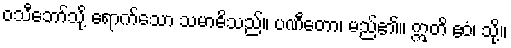
ဝသီဘော်သို့ ရောက်သော သမာဓိသည်။ ပဏီတော၊ မည်၏။ ဣတိ ဧဝံ၊ သို့။